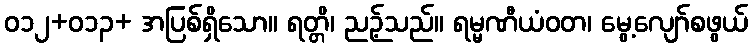
ဝ၁၂+ဝ၁၃+ အပြစ်ရှိသော။ ရတ္တိ၊ ညဉ့်သည်။ ရမ္မဏီယံဝတ၊ မွေ့လျော်စဖွယ်